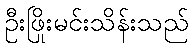
ဦးဖြိုးမင်းသိန်းသည်